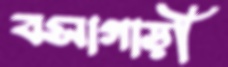
বসাগাড়ী